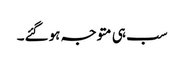
سب ہی متوجہ ہوگئے۔